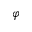
\varphi